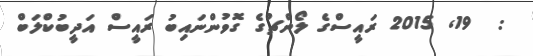
:  19